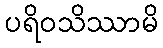
ပရိဝသိဿာမိ